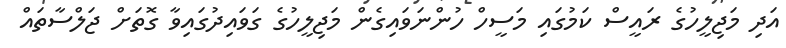
އަދި މަޖިލީހުގެ ރައީސް ކަމުގައި މަސީހް ހުންނަވައިގެން މަޖިލީހުގެ ގަވައިދުގައިވާ ގޮތަށް ޖަލްސާތައް